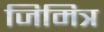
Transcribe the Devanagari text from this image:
जिमित्र